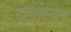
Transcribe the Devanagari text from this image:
ट्रेवोल्टा